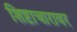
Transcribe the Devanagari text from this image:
शिष्टाचारावर